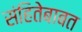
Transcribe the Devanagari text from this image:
संहितेबाबत